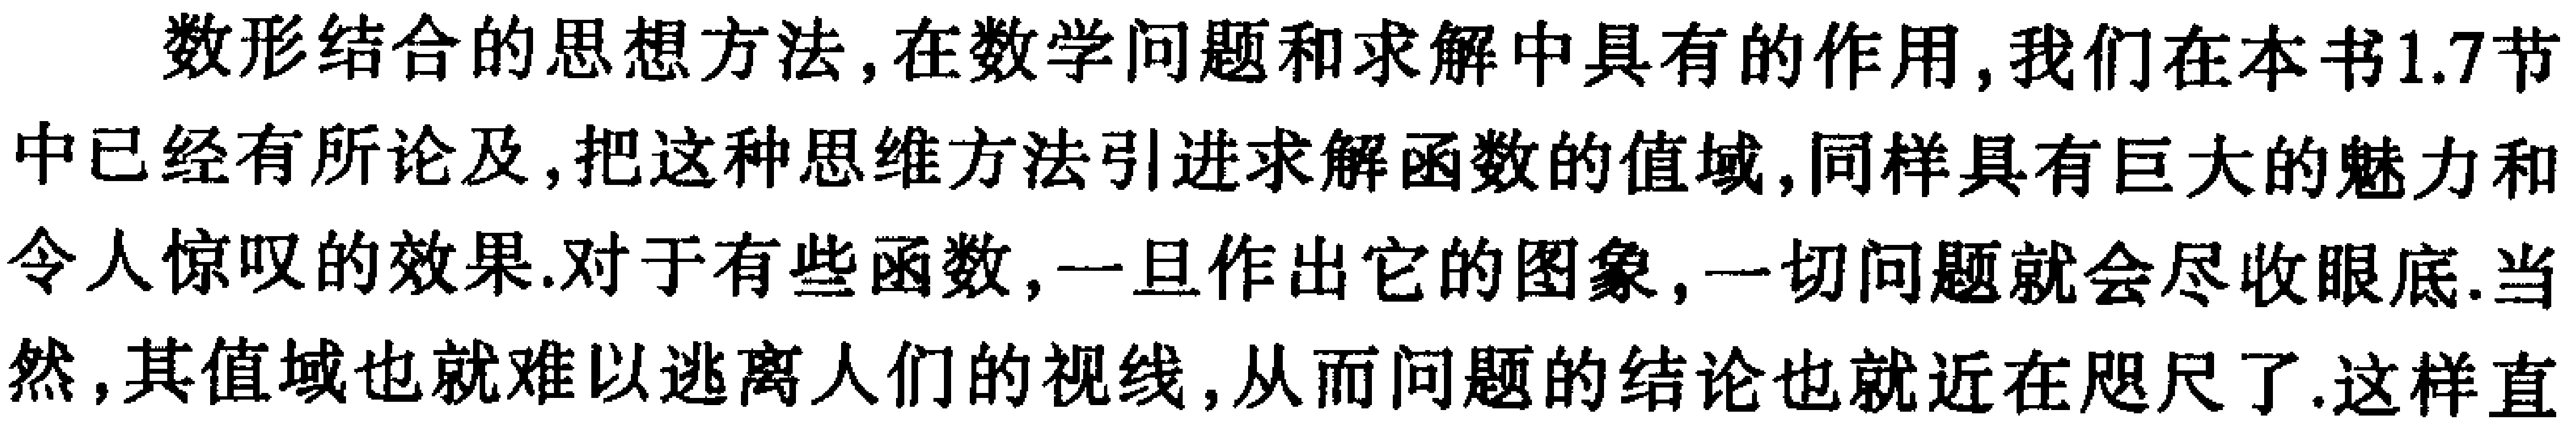
数形结合的思想方法,在数学问题和求解中具有的作用,我们在本书1.7节中已经有所论及,把这种思维方法引进求解函数的值域,同样具有巨大的魅力和令人惊叹的效果.对于有些函数,一旦作出它的图象,一切问题就会尽收眼底.当然,其值域也就难以逃离人们的视线,从而问题的结论也就近在咫尺了.这样直